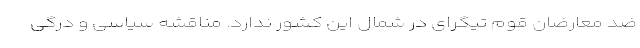
ضد معارضان قوم تیگرای در شمال این کشور ندارد. مناقشه سیاسی و درگی